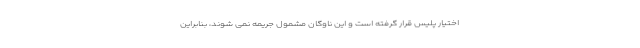
اختیار پلیس قرار گرفته است و این ناوگان مشمول جریمه نمی شوند، بنابراین